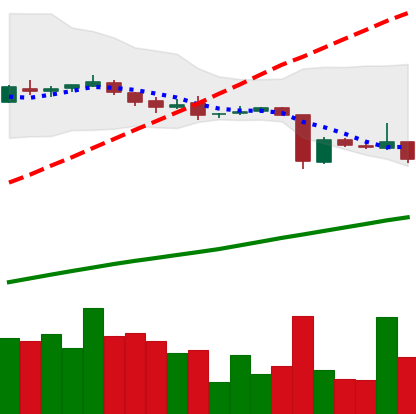
Ticker: DOGE-USD
Chart end date: 2018-10-16
Forward return: -9.966%
Label: down_7plus